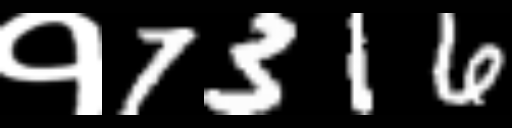
Text: १7316